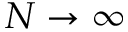
N \to \infty